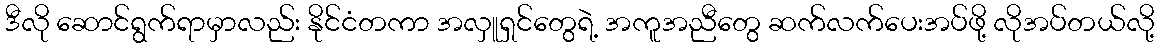
ဒီလို ဆောင်ရွက်ရာမှာလည်း နိုင်ငံတကာ အလှူရှင်တွေရဲ့ အကူအညီတွေ ဆက်လက်ပေးအပ်ဖို့ လိုအပ်တယ်လို့